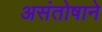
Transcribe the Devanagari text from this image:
असंतोषाने